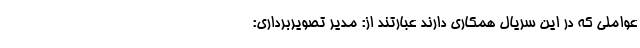
عواملی که در این سریال همکاری دارند عبارتند از: مدیر تصویربرداری: